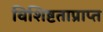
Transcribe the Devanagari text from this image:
विशिष्टताप्राप्त